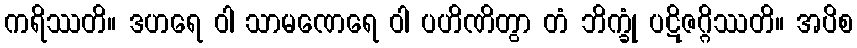
ကရိဿတိ။ ဒဟရေ ဝါ သာမဏေရေ ဝါ ပဟိဏိတွာ တံ ဘိက္ခုံ ပဋိဇဂ္ဂိဿတိ။ အပိစ